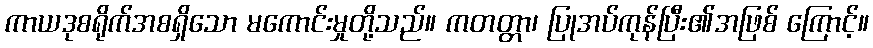
ကာယဒုစရိုက်အစရှိသော မကောင်းမှုတို့သည်။ ကတတ္တာ၊ ပြုအပ်ကုန်ပြီး၏အဖြစ် ကြောင့်။